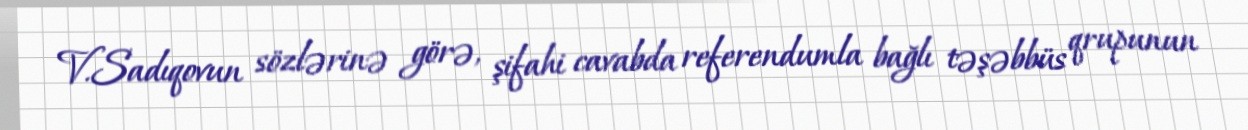
V.Sadıqovun sözlərinə görə, şifahi cavabda referendumla bağlı təşəbbüs qrupunun